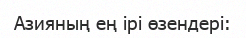
Азияның ең ірі өзендері: